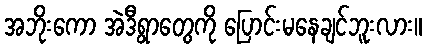
အဘိုးကော အဲဒီရွာတွေကို ပြောင်းမနေချင်ဘူးလား။